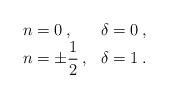
\begin{align*}\begin{array}{ll}n=0\: , & \delta =0\: ,\\n=\pm \displaystyle\frac{1}{2}\: , & \delta =1\: .\end{array}\end{align*}